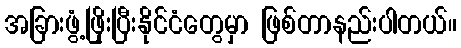
အခြားဖွံ့ဖြိုးပြီးနိုင်ငံတွေမှာ ဖြစ်တာနည်းပါတယ်။